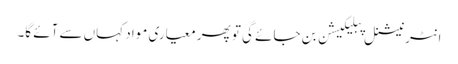
انٹرنیشنل پبلیکیشن بن جائے گی تو پھر معیاری مواد کہاں سے آئے گا۔